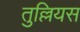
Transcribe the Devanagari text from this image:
तुल्लियस